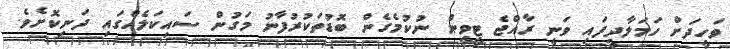
ވަހީދަށް ހަމަލާދީފައި ވަނީ ރާއްޖެ ޓީވީން ނުކުމެގެން ބޮޑުތަކުރުފާނު މަގުން ސައިކަލެއްގައި ދަނިކޮށެވެ.